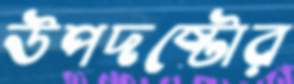
উপদষ্টোর